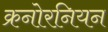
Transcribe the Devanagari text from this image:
क्रनोरनियन